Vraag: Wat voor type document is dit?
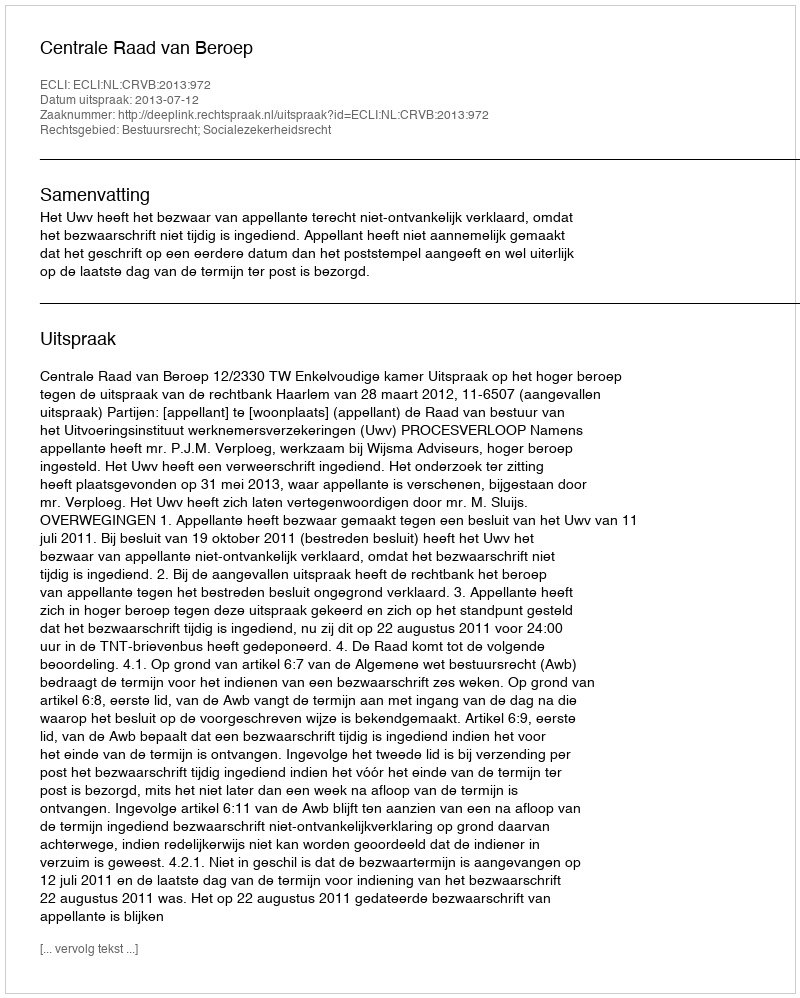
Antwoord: Uitspraak